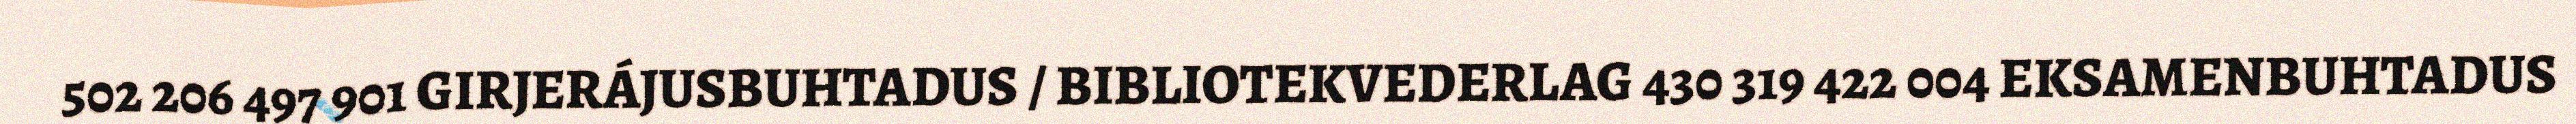
502 206 497 901 GIRJERÁJUSBUHTADUS / BIBLIOTEKVEDERLAG 430 319 422 004 EKSAMENBUHTADUS